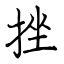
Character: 挫